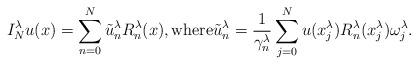
LaTeX: \begin{align*}I_{N}^{\lambda}u(x)=\sum_{n=0}^{N}\tilde{u}_{n}^{\lambda}R_{n}^{\lambda}(x), {\rm where}\tilde{u}_{n}^{\lambda}=\frac{1}{\gamma_{n}^{\lambda}}\sum_{j=0}^{N}u(x_{j}^\lambda)R_{n}^{\lambda}(x_j^\lambda)\omega_{j}^\lambda.\end{align*}